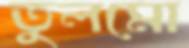
তুলমো